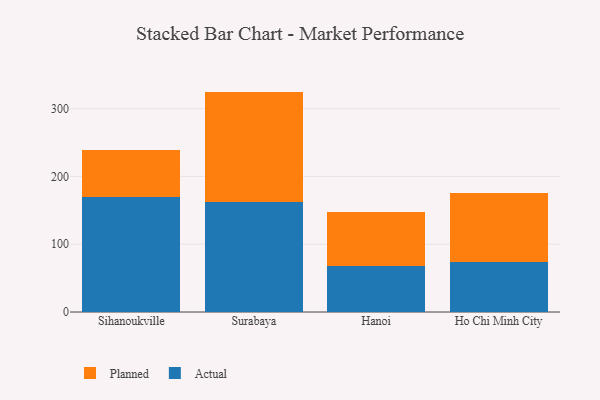
{"axis": {"x": "City", "y": "Customer Acquisition Cost (USD)"}, "legend": ["Actual", "Planned"], "data": [{"x": "Sihanoukville", "y": 169.1, "type": "Actual"}, {"x": "Sihanoukville", "y": 69.4, "type": "Planned"}, {"x": "Surabaya", "y": 161.8, "type": "Actual"}, {"x": "Surabaya", "y": 163.4, "type": "Planned"}, {"x": "Hanoi", "y": 68.6, "type": "Actual"}, {"x": "Hanoi", "y": 79.2, "type": "Planned"}, {"x": "Ho Chi Minh City", "y": 74.2, "type": "Actual"}, {"x": "Ho Chi Minh City", "y": 100.8, "type": "Planned"}]}